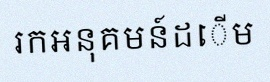
រកអនុគមន៍ដើម